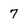
Character: 7